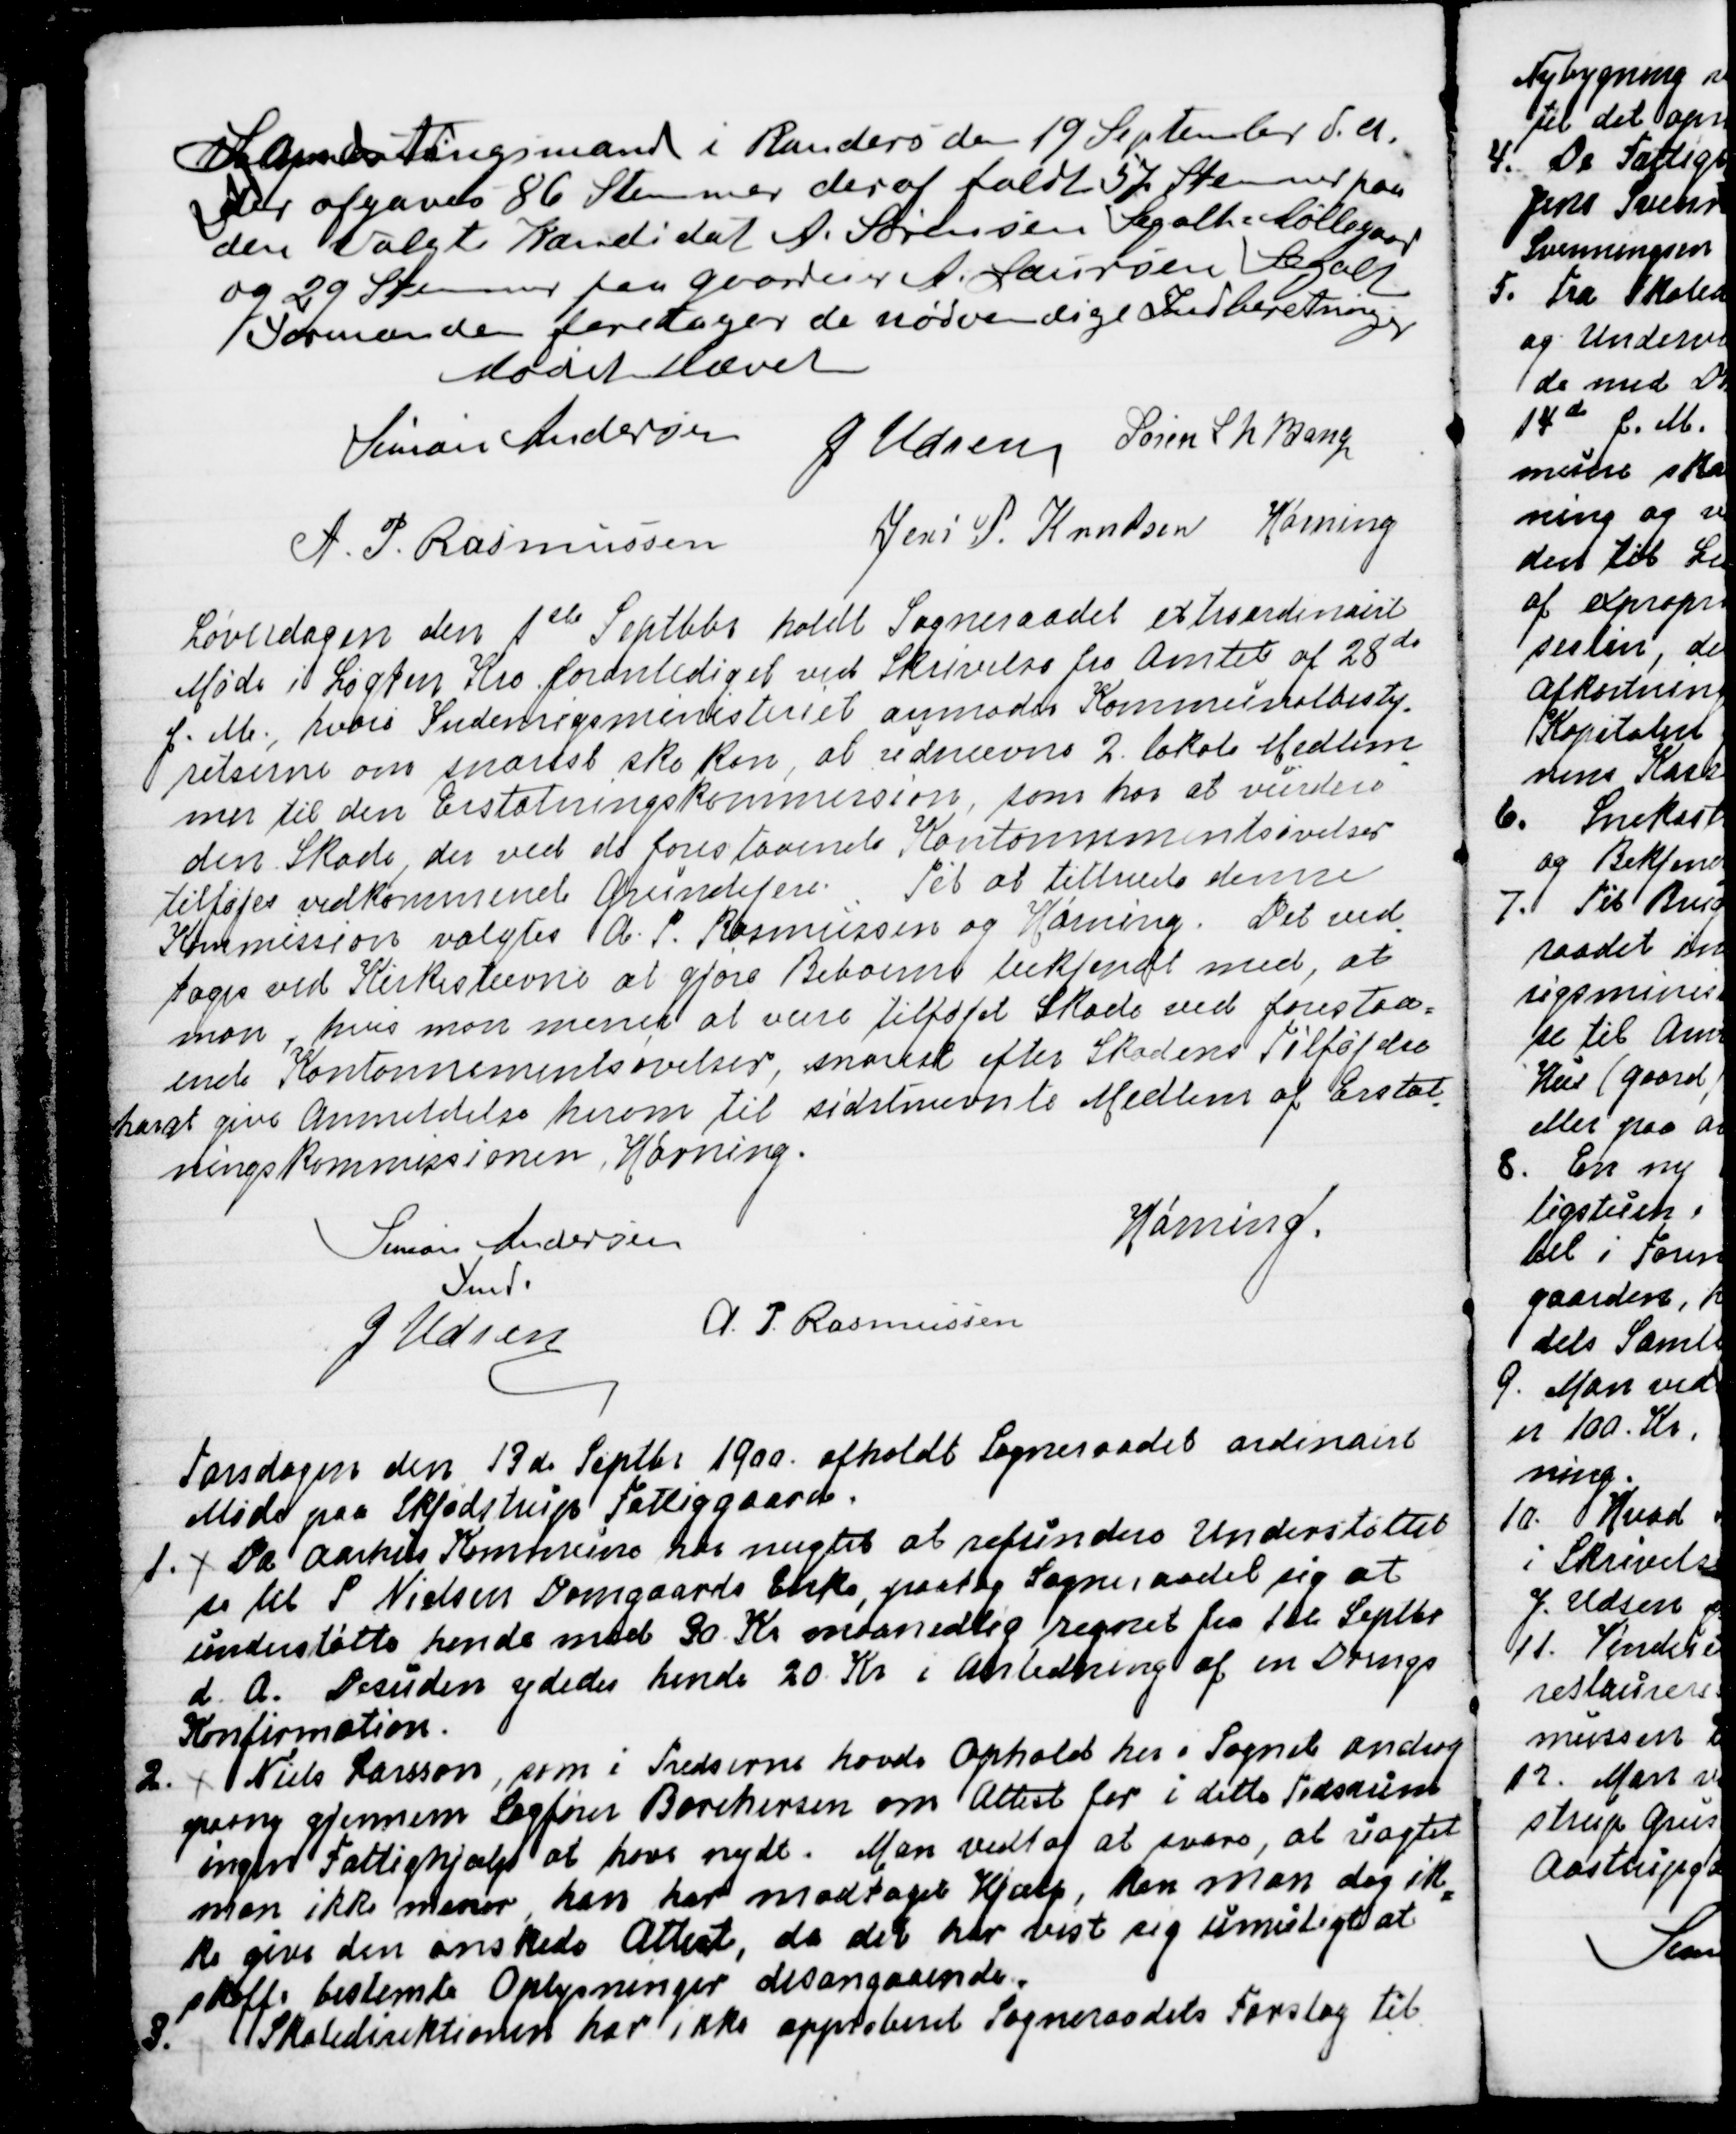
Transskription:
Landstingsmand i Randers den 19 September d.A.
Der afgaves 86 Stemmer deraf faldt 57 Stemmer paa 
den valgte Kandidat A. Sørensen Segalt Møllegaard
og 29 Stemmer paa Gaardeier A. Laursen Segalt
Formanden foretager de nødvendige Indberetninger
 Mødet Hævet
Simon Andersen
J Udsen
Søren L N Bang
A. P. Rasmussen
Jens P. Knudsen
Hørning

Løverdagen den 1ste Septbbr holdt Sogneraadet extraordinairt
Møde i Løgten Kro foranlediget ved Skrivelse fra Amtet af 28de
f.M., hvori Indenrigsministeriet anmodede Kommunalbesty
=
relserne om snarest ske kan, at udnævne 2. lokale Medlem
=
mer til den Erstatningskommission, som har at vurdere
den Skade, der ved de forestaaende Kantonnementsøvelser
tilføjes vedkommende Grundejere. Til at tiltræde denne
Kommission valgtes A. P. Rasmussen og Hørning. Det ved
=
toges ved Kirkestævne ar gjøre Beboerne bekjendt med, at
man, hvis man mener at være tilføjet Skade ved forestaa=
ende Kantonnementsøvelser, snarest efter Skadens Tilføjelse
har at give Anmeldelse herom til sidstnævnte Medlem af Erstat
=
ningskommissionen, Hørning.
Simon Andersen
Fmd.
Hørning.
J Udsen
A. P. Rasmussen

Torsdagen den 13de Septbr 1900 afholdt Sogneraadet ordinairt
Møde paa Skjødstrup Fattiggaard.
1. Da Aarhus Kommune har nægtet at refundere Understøttel
-
se til P Nielsen Damgaards Enke, paatog Sogneraadet sig at
understøtte hende med 30. Kr maanedlig regnet fra 1ste Septbr.
d. A. Desuden ydedes hende 20. Kr i Anledning af en Drengs
Konfirmation.
2. Niels Larsson, som i Tredserne havde Ophold her i Sognet androg
paany gjemmen Sagfører Borchersen om Attest for i dette Tidsrum
ingen Fattighjælp at have nydt. Man vedtog at svare, at uagtet
man ikke mener, han har modtaget Hjælp, kan man dog ik
=
ke give den ønskede Attest, da det har vist sig umuligt at
skaffe bestemte Oplysninger desangaaende.
3.
Skoledirektionen har ikke approberet Sogneraadets Forslag til